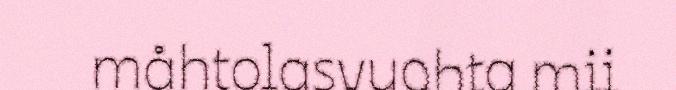
måhtolasvuohta mii